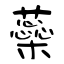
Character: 蘂